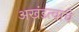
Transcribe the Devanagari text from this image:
अखंडत्वाचे